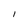
Character: I